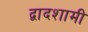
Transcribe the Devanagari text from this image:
द्वादशामी